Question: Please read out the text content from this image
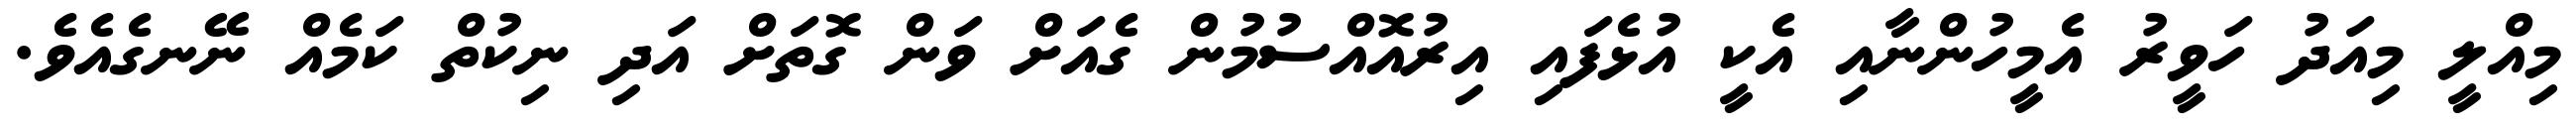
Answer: މިއްލީ މިއަދު ހަވީރު އެމީހުންނާއި އެކީ އުޅެފައި އިރުއޮއްސުމުން ގެއަށް ވަން ގޮތަށް އަދި ނިކުތް ކަމެއް ނޭނގެއެވެ.